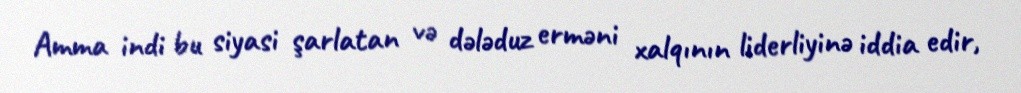
Amma indi bu siyasi şarlatan və dələduz erməni xalqının liderliyinə iddia edir,